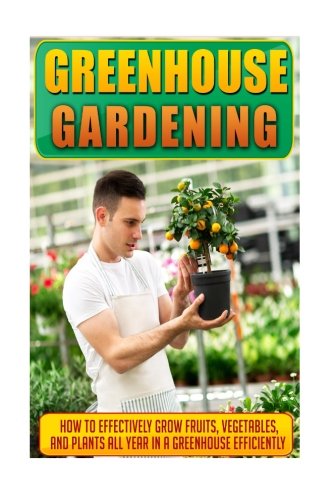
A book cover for Greenhouse Gardening: How To Effectively Grow Fruits, Vegetables, And Plants All Year In A Greenhouse Efficiently (Gardening, Planting, Companion Gardening, Gardening Guide, Greenhouse Gardening); Mary Clarkshire; Crafts, Hobbies & Home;